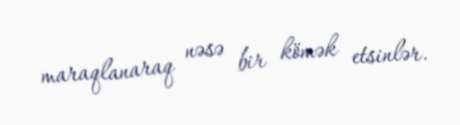
maraqlanaraq nəsə bir kömək etsinlər.